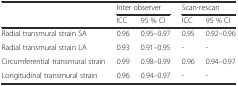
|  | <COLSPAN=2> Inter observer | <COLSPAN=2> Scan-rescan |
 |  | ICC | 95 % CI | ICC | 95 % CI |
 | --- | --- | --- | --- | --- |
 | Radial transmural strain SA | 0.96 | 0.95–0.97 | 0.95 | 0.92–0.96 |
 | Radial transmural strain LA | 0.93 | 0.91–0.95 | - | - |
 | Circumferential transmural strain | 0.99 | 0.98–0.99 | 0.96 | 0.94–0.97 |
 | Longitudinal transmural strain | 0.96 | 0.94–0.97 | - | - |